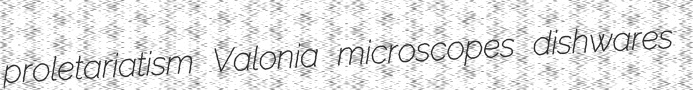
proletariatism Valonia microscopes dishwares